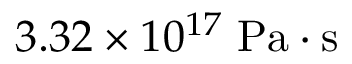
3 . 3 2 \times 1 0 ^ { 1 7 } \; \mathrm { P a \cdot s }